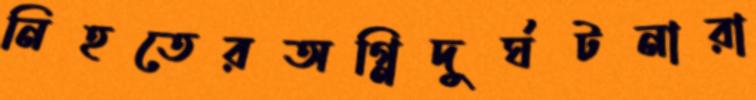
নিহতেরঅগ্নিদুর্ঘটনারা